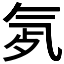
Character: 𣱞